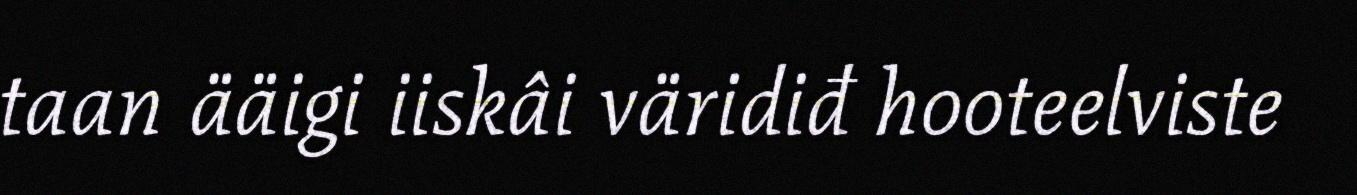
taan ääigi iiskâi väridiđ hooteelviste